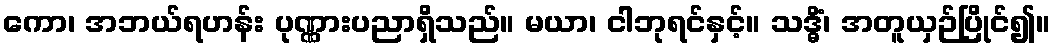
ကော၊ အဘယ်ရဟန်း ပုဏ္ဏားပညာရှိသည်။ မယာ၊ ငါဘုရင်နှင့်။ သဒ္ဓိံ၊ အတူယှဉ်ပြိုင်၍။